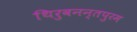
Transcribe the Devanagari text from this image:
थिरुवनन्तपुरम